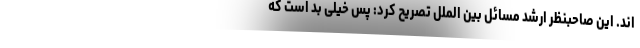
اند. این صاحبنظر ارشد مسائل بین الملل تصریح کرد: پس خیلی بد است که